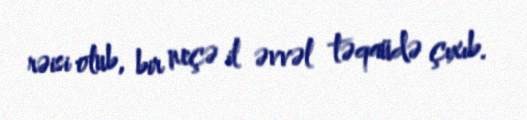
rəisi olub, bir neçə il əvvəl təqaüdə çıxıb.